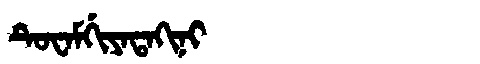
Manchu: ᡨᡠᠸᠠᠮᡤᡳᠶᠠᡨᠠᡴᡳᠨᡳ
Romanization: TUWAMGIYATAKINI